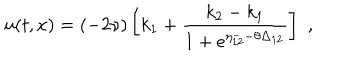
u ( t , x ) = ( - 2 \nu ) \left[ k _ { 1 } + \frac { k _ { 2 } - k _ { 1 } } { 1 + e ^ { \eta _ { 1 2 } ^ { - } - \theta \Delta _ { 1 2 } } } \right] \, \, ,